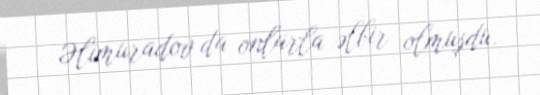
Əlimuradov da onlarla əlbir olmuşdu.